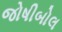
જોષીબોલ